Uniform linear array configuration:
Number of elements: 8
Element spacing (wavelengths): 0.5
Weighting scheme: exponential
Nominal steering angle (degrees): -30
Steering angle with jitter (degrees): -28.617
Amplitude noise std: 0.05
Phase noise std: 0.05

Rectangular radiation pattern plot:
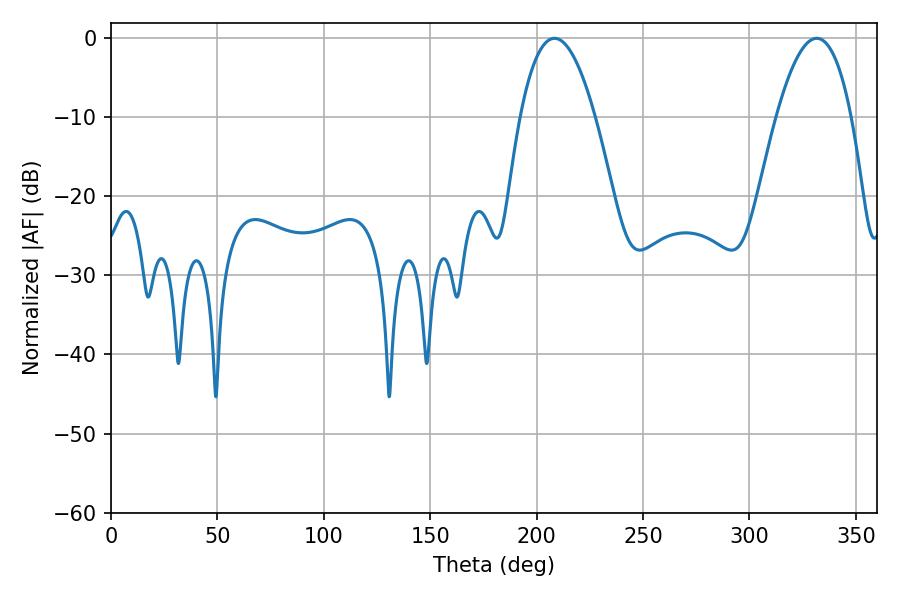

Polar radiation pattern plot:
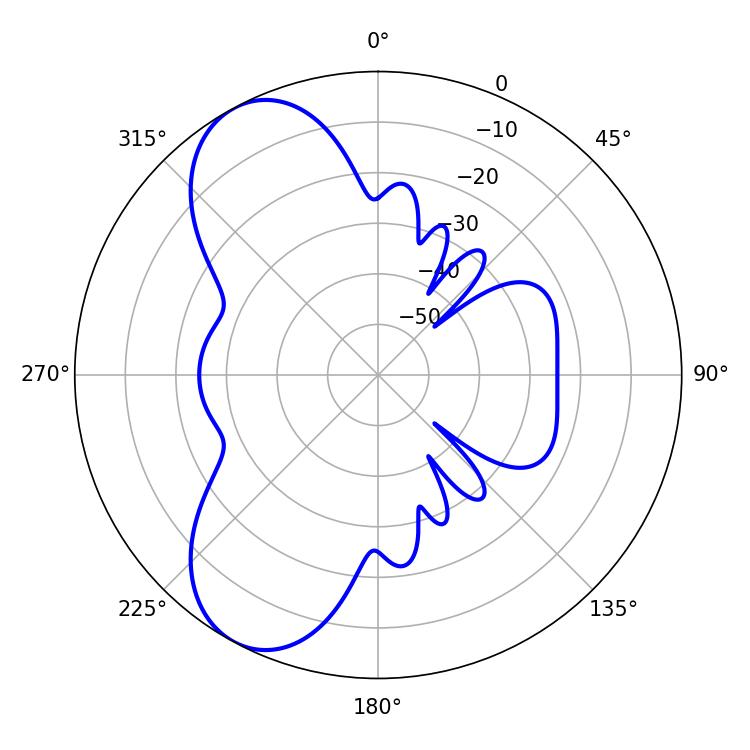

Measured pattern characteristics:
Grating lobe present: FALSE
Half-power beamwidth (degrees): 19.44
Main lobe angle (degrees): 208.44